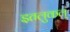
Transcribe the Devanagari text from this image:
इतलुकल्